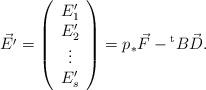
LaTeX: \begin{align*}& \vec{{E'}}=\left( \begin{array}{c}E_{1}'\\E_{2}'\\\vdots \\E_{s}'\end{array}\right)={p}_{*} \vec{F}-{}^{\rm t}B \vec{D}.\end{align*}